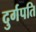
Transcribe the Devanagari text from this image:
दुर्गपति